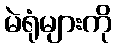
မဲရုံများကို